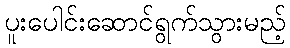
ပူးပေါင်းဆောင်ရွက်သွားမည့်